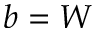
b = W